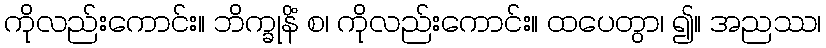
ကိုလည်းကောင်း။ ဘိက္ခုနိံ စ၊ ကိုလည်းကောင်း။ ထပေတွာ၊ ၍။ အညဿ၊